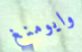
وايومنغ